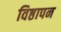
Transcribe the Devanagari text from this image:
विष्ठापन